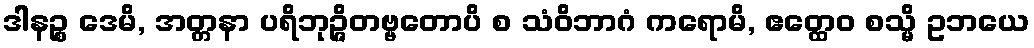
ဒါနဉ္စ ဒေမိ, အတ္တနာ ပရိဘုဉ္ဇိတဗ္ဗတောပိ စ သံဝိဘာဂံ ကရောမိ, ဧတ္ထေဝ စသ္မိ ဥဘယေ